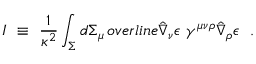
I ~ \equiv ~ \frac { 1 } { \kappa ^ { 2 } } \int _ { \Sigma } d \Sigma _ { \mu } \, o v e r l i n e { \hat { \nabla } _ { \nu } \epsilon } \ \gamma ^ { \mu \nu \rho } \hat { \nabla } _ { \rho } \epsilon \ \ .